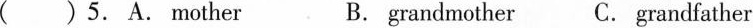
( ) 5.A.Mother B. grandmother C. grandfather